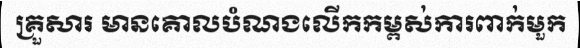
គ្រួសារ មានគោលបំណងលើកកម្ពស់ការពាក់មួក